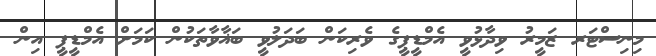
މިނިސްޓަރ ޒަމީރު ވިދާޅުވީ އެމްޑީޕީގެ ވެރިކަން ބަދަލުވީ ބަޣާވާތަކުން ކަމަށް އެމްޑީޕީ އިން